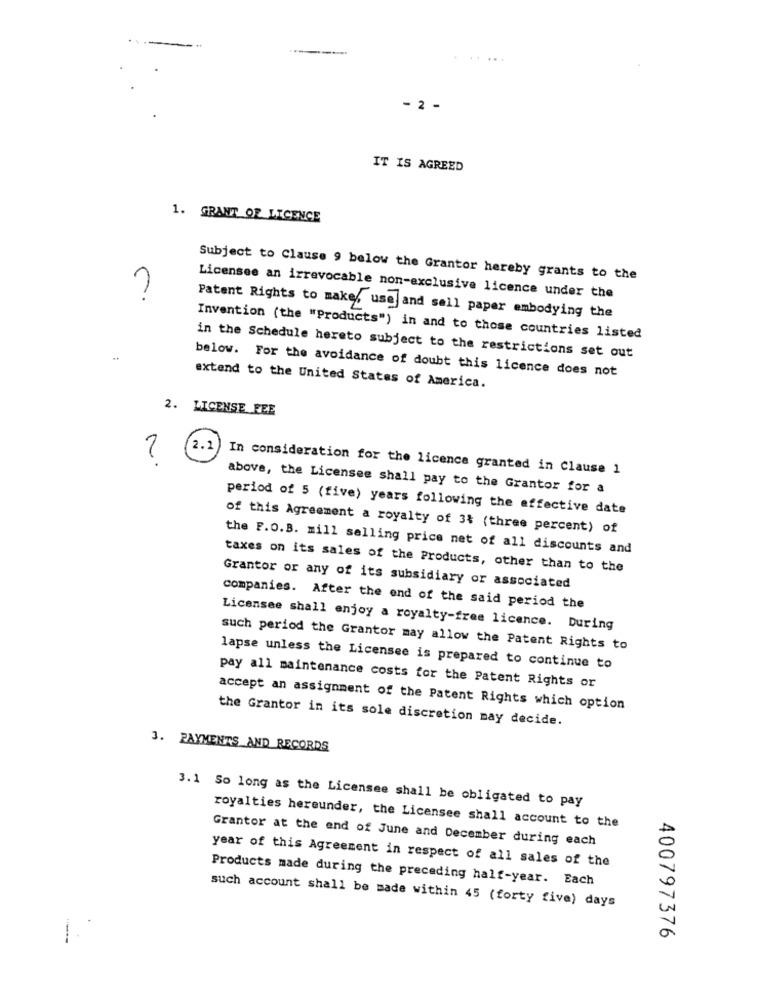
...
- 2 -
IT IS AGREED
1. GRANT OF LICENCE
Subject to Clause 9 below the Grantor hereby grants to the
Licensee an irrevocable non-exclusive licence under the
Patent Rights to make, use and sell paper embodying the
Invention (the "Products") in and to those countries listed
in the Schedule hereto subject to the restrictions set out
below. For the avoidance of doubt this licence does not
extend to the United States of America.
2. LICENSE FEE
2.2
In consideration for the licence granted in Clause 1
above, the Licensee shall pay to the Grantor for a
period of 5 (five) years following the effective date
of this Agreement a royalty of 3% (three percent) of
the F.O.B. mill selling price net of all discounts and
taxes on its sales of the Products, other than to the
Grantor or any of its subsidiary or associated
companies. After the end of the said period the
Licensee shall enjoy a royalty-free licence. During
such period the Grantor may allow the Patent Rights to
lapse unless the Licensee is prepared to continue to
pay all maintenance costs for the Patent Rights or
accept an assignment of the Patent Rights which option
the Grantor in its sole discretion may decide.
3. PAYMENTS AND RECORDS
3.1 So long as the Licensee shall be obligated to pay
royalties hereunder, the Licensee shall account to the
Grantor at the end of June and December during each
year of this Agreement in respect of all sales of the
Products made during the preceding half-year. Each
such account shall be made within 45 (forty five) days
400797376